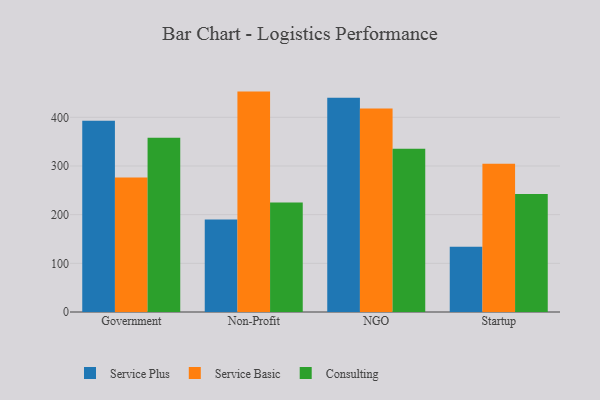
{"axis": {"x": "Segment", "y": "Churn Rate (%)"}, "legend": ["Consulting", "Service Basic", "Service Plus"], "data": [{"x": "Government", "y": 392.8, "type": "Service Plus"}, {"x": "Government", "y": 276.1, "type": "Service Basic"}, {"x": "Government", "y": 358.1, "type": "Consulting"}, {"x": "Non-Profit", "y": 189.9, "type": "Service Plus"}, {"x": "Non-Profit", "y": 452.8, "type": "Service Basic"}, {"x": "Non-Profit", "y": 225.2, "type": "Consulting"}, {"x": "NGO", "y": 440.4, "type": "Service Plus"}, {"x": "NGO", "y": 418.3, "type": "Service Basic"}, {"x": "NGO", "y": 335.6, "type": "Consulting"}, {"x": "Startup", "y": 134.3, "type": "Service Plus"}, {"x": "Startup", "y": 304.8, "type": "Service Basic"}, {"x": "Startup", "y": 242.2, "type": "Consulting"}]}